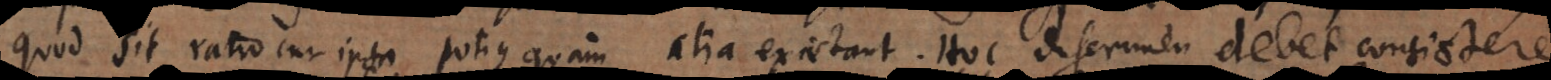
quod sit ratio cur ipsa potius quam alia existant. Hoc discrimen debet consistere